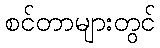
စင်တာများတွင်